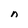
Character: n